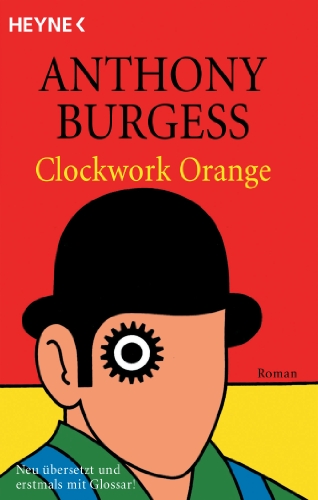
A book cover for A Clockwork Orange; Anthony Burgess; Literature & Fiction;